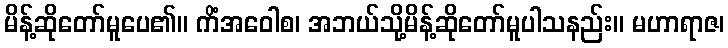
မိန့်ဆိုတော်မူပေ၏။ ကိံအဝေါစ၊ အဘယ်သို့မိန့်ဆိုတော်မူပါသနည်း။ မဟာရာဇ၊